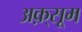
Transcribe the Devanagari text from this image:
अक़्सूम